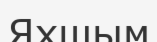
Яхшым